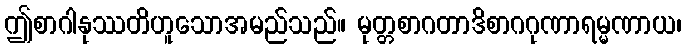
ဤစာဂါနုဿတိဟူသောအမည်သည်။ မုတ္တစာဂတာဒိစာဂဂုဏာရမ္မဏာယ၊